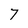
Character: 7